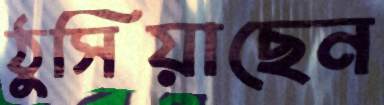
ঠুসিয়াছেন